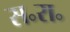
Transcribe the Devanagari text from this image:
स॰रा॰